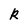
Character: g